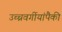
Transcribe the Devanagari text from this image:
उच्चवर्गीयांपैकी